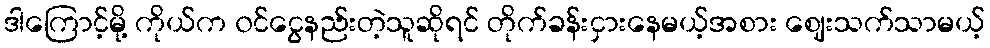
ဒါကြောင့်မို့ ကိုယ်က ၀င်ငွေနည်းတဲ့သူဆိုရင် တိုက်ခန်းငှားနေမယ့်အစား ဈေးသက်သာမယ့်